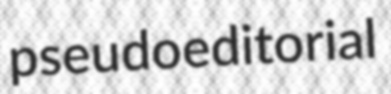
pseudoeditorial